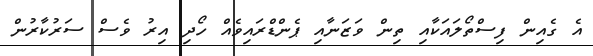
އެ ގެއިން ފިސްތޯލައަކާއި ތިން ވަޒަނާއި ޕެންޑްރައިވެއް ހޯދި އިރު ވެސް ސަރުކާރުން